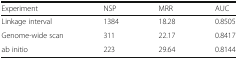
<table><thead><tr><td><b>Experiment</b></td><td><b>NSP</b></td><td><b>MRR</b></td><td><b>AUC</b></td></tr></thead><tbody><tr><td>Linkage interval</td><td>1384</td><td>18.28</td><td>0.8505</td></tr><tr><td>Genome-wide scan</td><td>311</td><td>22.17</td><td>0.8417</td></tr><tr><td>ab initio</td><td>223</td><td>29.64</td><td>0.8144</td></tr></tbody></table>